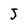
Character: 5